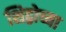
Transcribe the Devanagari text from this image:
शिद्वोच्या